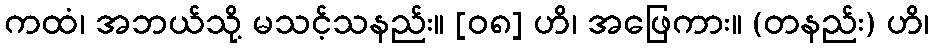
ကထံ၊ အဘယ်သို့ မသင့်သနည်း။ [၀၈] ဟိ၊ အဖြေကား။ (တနည်း) ဟိ၊